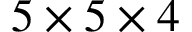
5 \times 5 \times 4